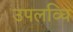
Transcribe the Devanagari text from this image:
उपलव्धि